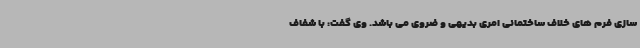
سازی فرم های خلاف ساختمانی امری بدیهی و ضروی می باشد. وی گفت: با شفاف